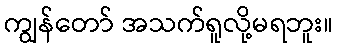
ကျွန်တော် အသက်ရူလို့မရဘူး။